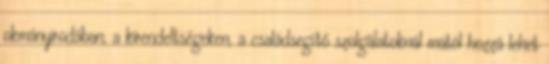
okmányirodában, a kirendeltségeken, a családsegítő szolgálatoknál mától hozzá lehet